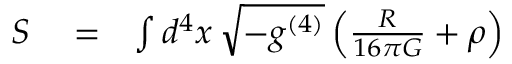
\begin{array} { r l r } { S } & { { } = } & { \int d ^ { 4 } x \, \sqrt { - g ^ { ( 4 ) } } \left( \frac { R } { 1 6 \pi G } + \rho \right) } \end{array}